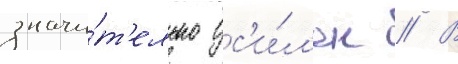
значи́т'ельно ус'и́л'ен // В